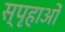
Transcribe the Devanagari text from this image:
स्पृहाओं